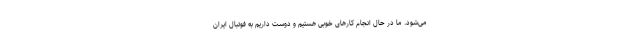
می‌شود. ما در حال انجام کارهای خوبی هستیم و دوست داریم به فوتبال ایران